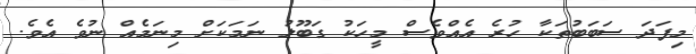
މިފަދަ ސަބަބުތަކާ ހުރެ އެއްވެސް މީހަކު ގަބޫލު ނަމަކަށް މިނަމެއް ނުވެ އެވެ.